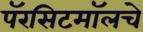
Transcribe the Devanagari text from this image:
पॅरसिटमॉलचे